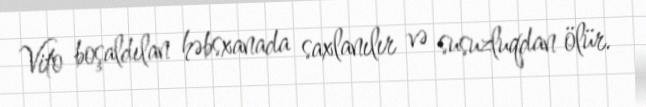
Vito boşaldılan həbsxanada saxlanılır və susuzluqdan ölür.